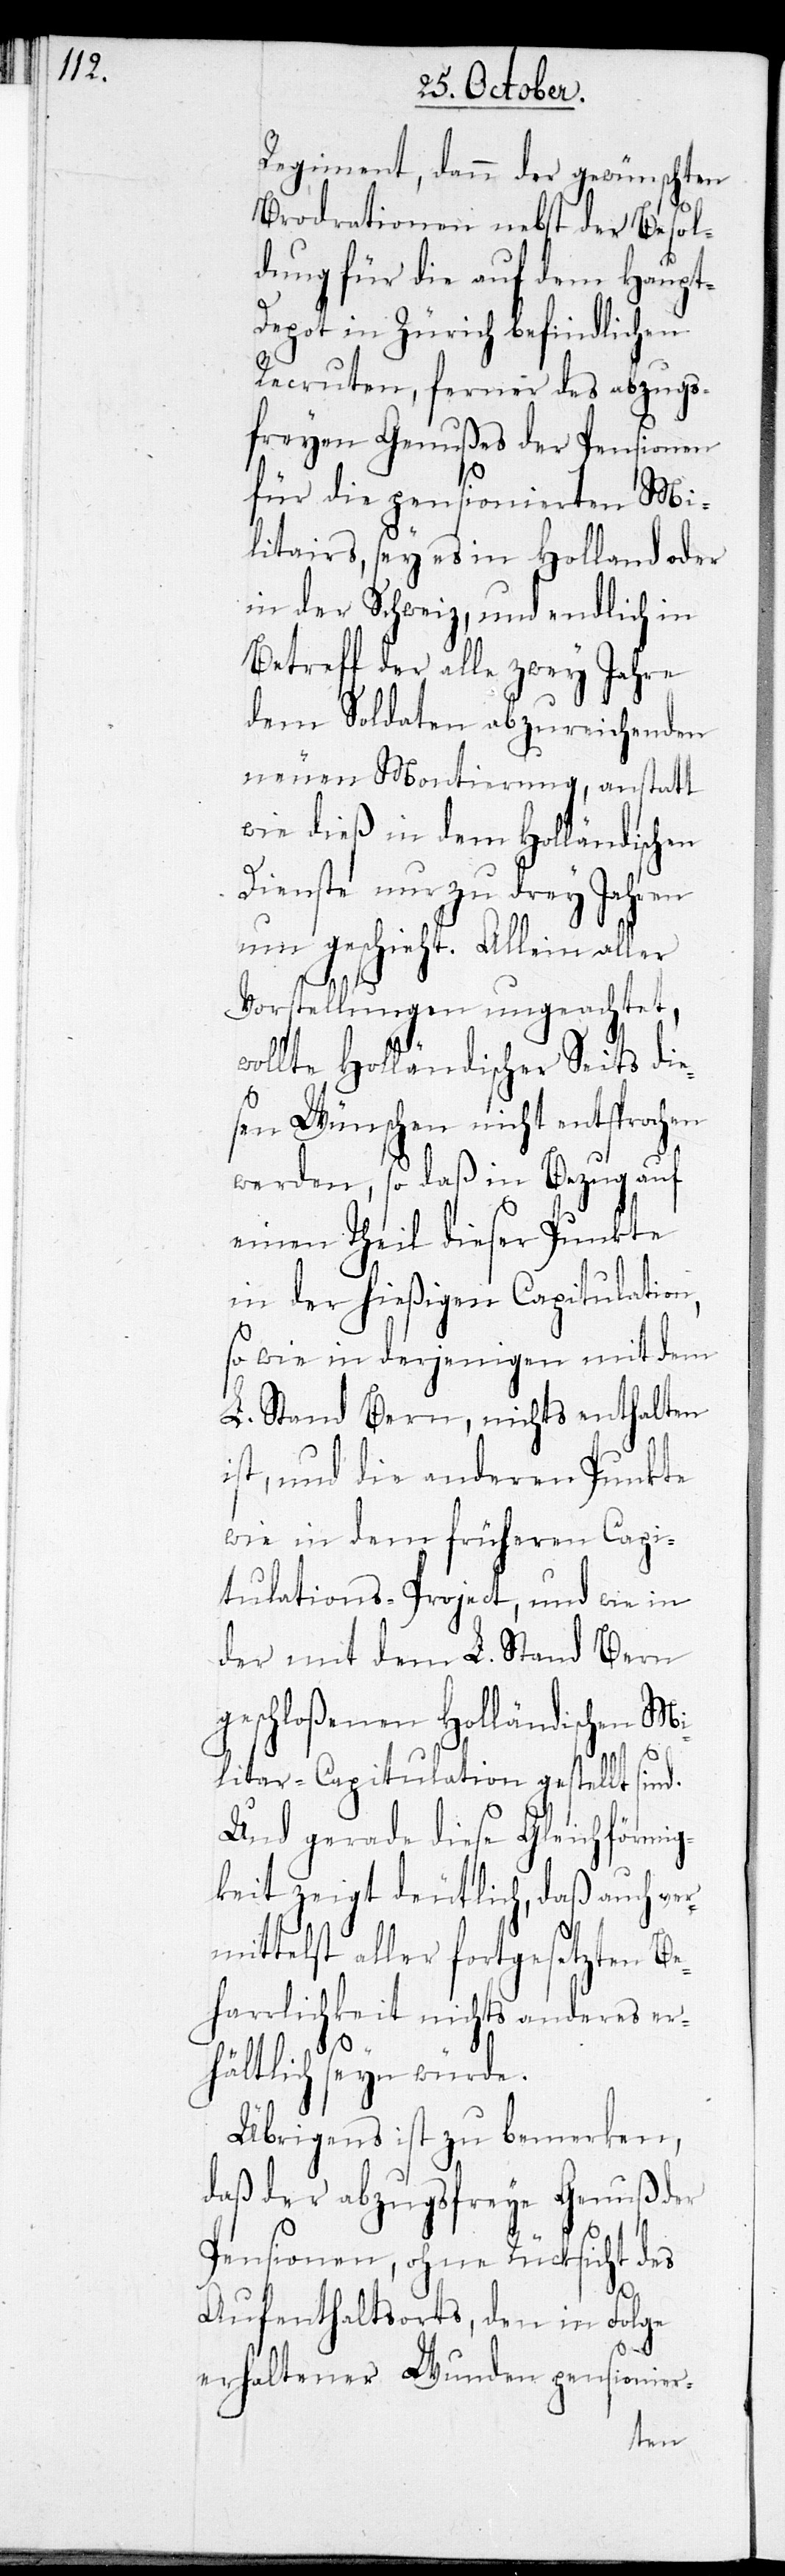
Regiment, dann der gewünschten
Brodrationen nebst der Besol¬
dung für die auf dem Haupt-D¬
epot in Zürich befindlichen
Recruten, ferner des abzugs¬
freyen Genußes der Pensionen
für die pensionierten Mi¬
litairs, sey es in Holland oder
in der Schweiz, und endlich in
Betreff der alle zwey Jahre
dem Soldaten abzureichenden
neuen Montierung, anstatt
wie dieß in dem Holländischen
Dienste nur zu drey Jahren
um geschieht. Allein aller
Vorstellungen ungeachtet,
wollte Holländischer Seits die¬
sen Wünschen nicht entsprochen
werden, so daß in Bezug auf
einen Theil dieser Punkte
in der hießigen Capitulation,
so wie in derjenigen mit dem
L. Stand Bern, nichts enthalten
ist, und die andern Punkte
wie in dem früheren Capi¬
tulations-Project, und wie in
der mit dem L. Stand Bern
geschloßenen Holländischen Mi¬
litair-Capitulation gestellt sind.
Und gerade diese Gleichförmig¬
keit zeigt deutlich, daß auch ver¬
mittelst aller fortgesetzten Be¬
harrlichkeit nichts anderes er¬
hältlich seyn würde.
Übrigens ist zu bemerken,
daß der abzugsfreye Genuß der
Pensionen, ohne Rücksicht des
Aufenthaltsorts, den in Folge
erhaltener Wunden pensionier-